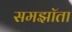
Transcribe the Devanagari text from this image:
समझॉता